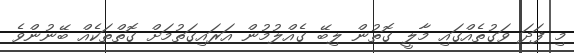
މި ފަދަ ވަގުތެއްގައި މާލީ ގޮތުން ލިބޭ ގެއްލުމުން އަރައިގަތުމަށް ގޮތްތަކެއް ބޭނުންވެ